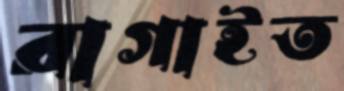
রাগাইত